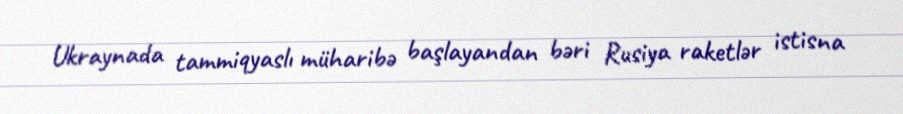
Ukraynada tammiqyaslı müharibə başlayandan bəri Rusiya raketlər istisna